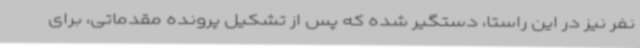
نفر نیز در این راستا، دستگیر شده که پس از تشکیل پرونده مقدماتی، برای